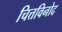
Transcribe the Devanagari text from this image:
चित्तविनोद